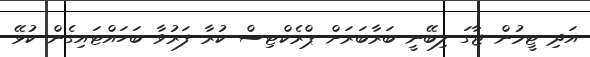
އަދި ޓީމުން ޖާގަ ލިބޭނީ ބަރާބަރަށް ޕްރެކްޓިސް ކުރާ ފަރުވާ ބަހައްޓައިގެން ކުޅޭ